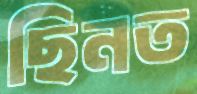
ছিনত